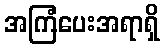
အကြံပေးအရာရှိ